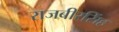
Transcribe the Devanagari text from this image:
राजबीरसिंह